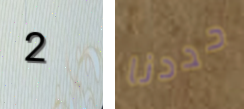
2 حددنا